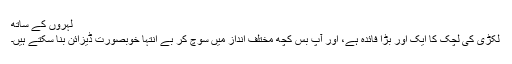
لہروں کے ساتھ
لکڑی کی لچک کا ایک اور بڑا فائدہ ہے، اور آپ بس کچھ مختلف اندازِ میں سوچ کر بے انتہا خوبصورت ڈیزائن بنا سکتے ہیں۔